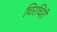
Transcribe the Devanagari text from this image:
चिरचिरी